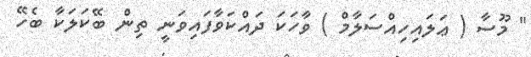
" މޫސާ ( ޢަލައިހިއްސަލާމް ) ވާހަކަ ދައްކަވާފައިވަނީ ތިން ބޭކަލަކާ ބެހޭ